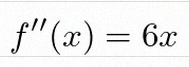
f''(x)=6x